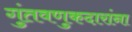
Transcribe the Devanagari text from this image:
गुंतवणुकदारांना